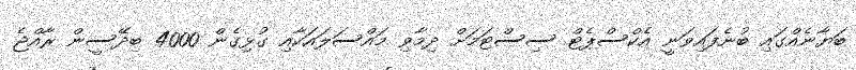
ބަޔާނެއްގައި ބުނެފައިވަނީ އެކްސްޕެޓް ސިސްޓަމަށް ދިމާވި މައްސަލައަކާއި ގުޅިގެން 4000 ބިދޭސީން ރާއްޖެ